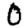
Digit: 0